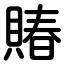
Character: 賰